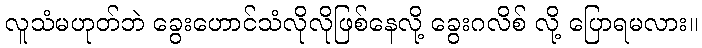
လူသံမဟုတ်ဘဲ ခွေးဟောင်သံလိုလိုဖြစ်နေလို့ ခွေးဂလိစ် လို့ ပြောရမလား။